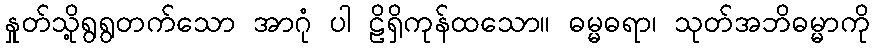
နှုတ်သို့ရွရွတက်သော အာဂုံ ပါ ဠိရှိကုန်ထသော။ ဓမ္မဓရာ၊ သုတ်အဘိဓမ္မာကို